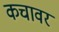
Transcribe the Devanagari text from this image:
कचावर